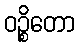
ဝဉ္စိတော